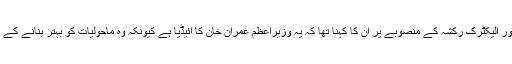
الیکٹرک موٹر سائیکل اور الیکٹرک رکشہ کے منصوبے پر ان کا کہنا تھا کہ یہ وزیراعظم عمران خان کا آئیڈیا ہے کیونکہ وہ ماحولیات کو بہتر بنانے کے بہت پرجوش حامی ہیں۔